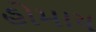
હોમાય